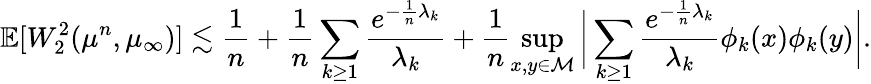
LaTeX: \mathbb{E}[W_{2}^{2}(\mu^{n},\mu_{\infty})]\lesssim\frac 1n+\frac 1n\sum_{k\ge 1}\frac{e^{-\frac 1n\lambda_{k}}}{\lambda_{k}}+\frac 1n\operatorname*{sup}_{x,y\in\mathcal{M}}\bigg\lvert\sum_{k\ge 1}\frac{e^{-\frac 1n\lambda_{k}}}{\lambda_{k}}\phi_{k}(x)\phi_{k}(y)\bigg\rvert.